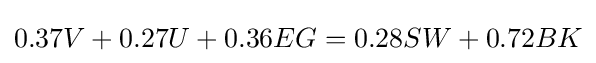
0.37V+0.27U+0.36EG=0.28SW+0.72BK